Lunatic asylums United Prov. 1922-30 - 1922-1930
Year: 1922
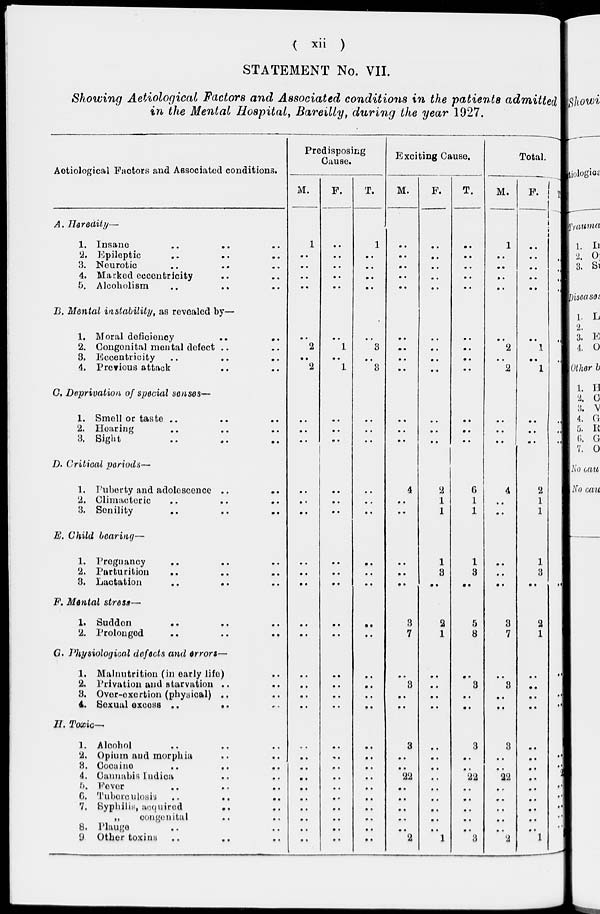
( xii )
STATEMENT No. VII.
Showing Aetiological Factors and Associated conditions in the patients admitted
in the Mental Hospital, Bareilly, during the year 1927.
Aetiological Factors and Associated conditions.
A. Heredity—
1. Insane .. .. ..
2. Epileptic .. .. ..
3. Neuretic
.. .. ..
4. Marked eccentricity .. ..
5. Alcoholism .. .. ..
B. Mental instability, as revealed by—
1, Moral deficieney
..
..
2. Congenital mental defect .. ..
8. Eccentricity .. .. ..
4. Previous attack .. ..
C. Deprivation of Special senses—
1. Smell or taste .. .. ..
2. Hoaring .. .. ..
3. Sight .. .. ..
D. Critical periods—
1. Puberty and adolescence .. ..
2. Climacteric .. .. ..
3. Senility .. .. ..
E. Child bearing—
1. Pregnancy .. .. ..
2. Parturition .. .. ..
3. Lactation .. .. ..
F. Mental stress—
1. Sudden
.. .. ..
2. Prolonged .. .. ..
G. Physiologioal defects and errors—
1. Malnutrition (in early life) ..
2. Privation and starvation .. ..
3. Over-exertion (physical) .. ..
4. Sexual excess .. ..
II. Toxic—
1. Alcohol .. .. ..
2. Opium and morphia .. ..
8.
Cocaine
..
..
..
4. Cannabis Indica .. ..
5. Fever
..
..
..
6. Tuberculosis .. .. ..
7. Syphilis, acquired
.. ..
„
congenital
..
..
8. Plauge .. ..
9 Other toxins .. .. ..
Predisposing
Cause.
M.
F.
T.
Exciting Cause.
M.
F.
T.
Total.
M. F. T.
1
..
..
...
..
..
..
..
..
..
1
..
..
..
..
..
..
..
..
..
..
..
..
..
..
..
..
..
..
..
1
..
..
..
..
..
..
..
..
..
1
..
..
..
..
..
2
..
2
..
1
..
1
..
3
..
3
..
..
..
..
..
..
..
..
..
..
..
..
..
2
..
2
..
1
..
1
..
..
..
3
..
..
..
..
..
..
..
..
..
..
..
..
..
..
..
..
..
..
..
..
..
..
..
..
..
..
..
..
..
..
..
..
..
..
..
..
4
..
..
2
1
1
6
1
1
4
..
..
2
1
1
6
1
1
..
..
..
..
..
..
..
..
..
..
..
..
1
3
..
1
3
..
..
..
..
1
3
..
1
3
..
..
..
..
..
..
..
3
7
2
1
5
8
3
7
2
1
5
8
..
..
..
..
..
..
...
..
..
..
..
..
..
3
..
..
..
..
..
..
..
3
..
..
..
3
..
..
..
..
..
..
..
3
..
..
..
..
..
..
..
..
..
..
..
..
..
..
..
..
..
..
..
..
..
..
..
..
..
..
..
..
..
..
..
..
3
..
..
22
..
..
..
..
..
2
..
..
..
..
..
..
..
..
..
1
3
..
..
22
..
..
..
..
..
3
3
..
..
22
..
..
..
..
..
2
..
..
..
..
..
..
..
..
..
l
3
..
..
22
..
..
..
..
..
3